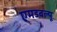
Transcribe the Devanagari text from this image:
एमडबल्यू